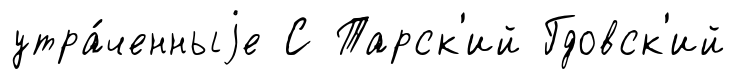
утра́ченныjе С Тарск'ий Гдовск'ий